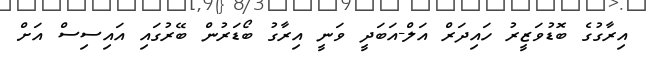
އިރާގުގެ ބޮޑުވަޒީރު ހައިދަރް އަލް-އަބަދީ ވަނީ އިރާގު ބޯޑަރުން ބޭރުގައި އައިސިސް އަށް